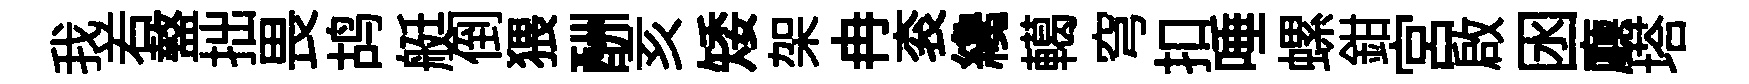
我𠰥盩拙畏鸪艇倒猥酬亥矮架冉衮纔轕穹扣唾螺鉗宫啟囦廳塔